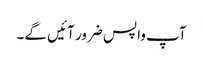
آپ واپس ضرور آئیں گے۔